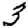
Digit: 3